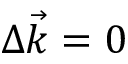
\Delta \vec { k } = 0